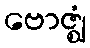
ဗောဇ္ဈံ